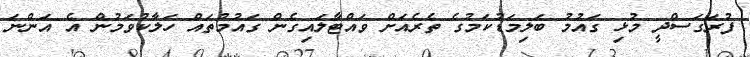
ފުރަގަސްދީ މުޅި ގައުމު ބަލިމަޑުކަމުގެ ތެރެއަށް ވައްޓާލައިގެން ގައުމުތައް ހަލާކުވަމުން އެ އަންނަ